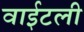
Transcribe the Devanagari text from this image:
वाईटली